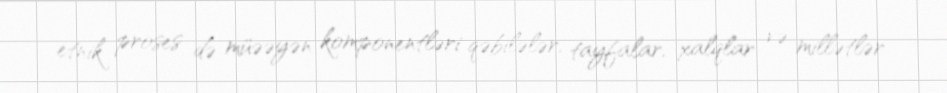
etnik proses də müəəyən komponentləri qəbilələr, tayfalar, xalqlar və millətlər